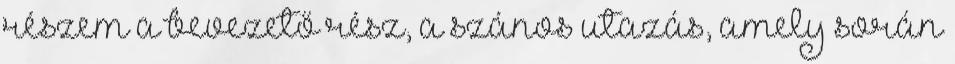
részem a bevezető rész, a szános utazás, amely során